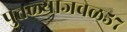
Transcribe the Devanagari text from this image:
पुतळ्याजवळ५७